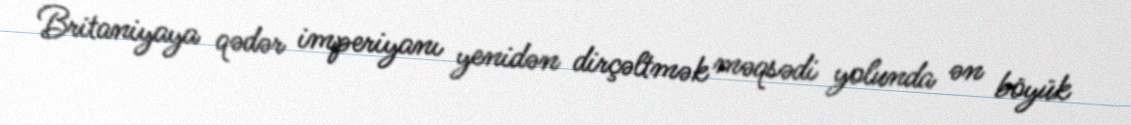
Britaniyaya qədər imperiyanı yenidən dirçəltmək məqsədi yolunda ən böyük